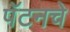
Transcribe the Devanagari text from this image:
पॅटनचे